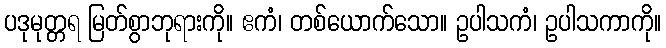
ပဒုမုတ္တရ မြတ်စွာဘုရားကို။ ဧကံ၊ တစ်ယောက်သော။ ဥပါသကံ၊ ဥပါသကာကို။